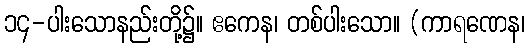
၁၄-ပါးသောနည်းတို့၌။ ဧကေန၊ တစ်ပါးသော။ (ကာရဏေန၊